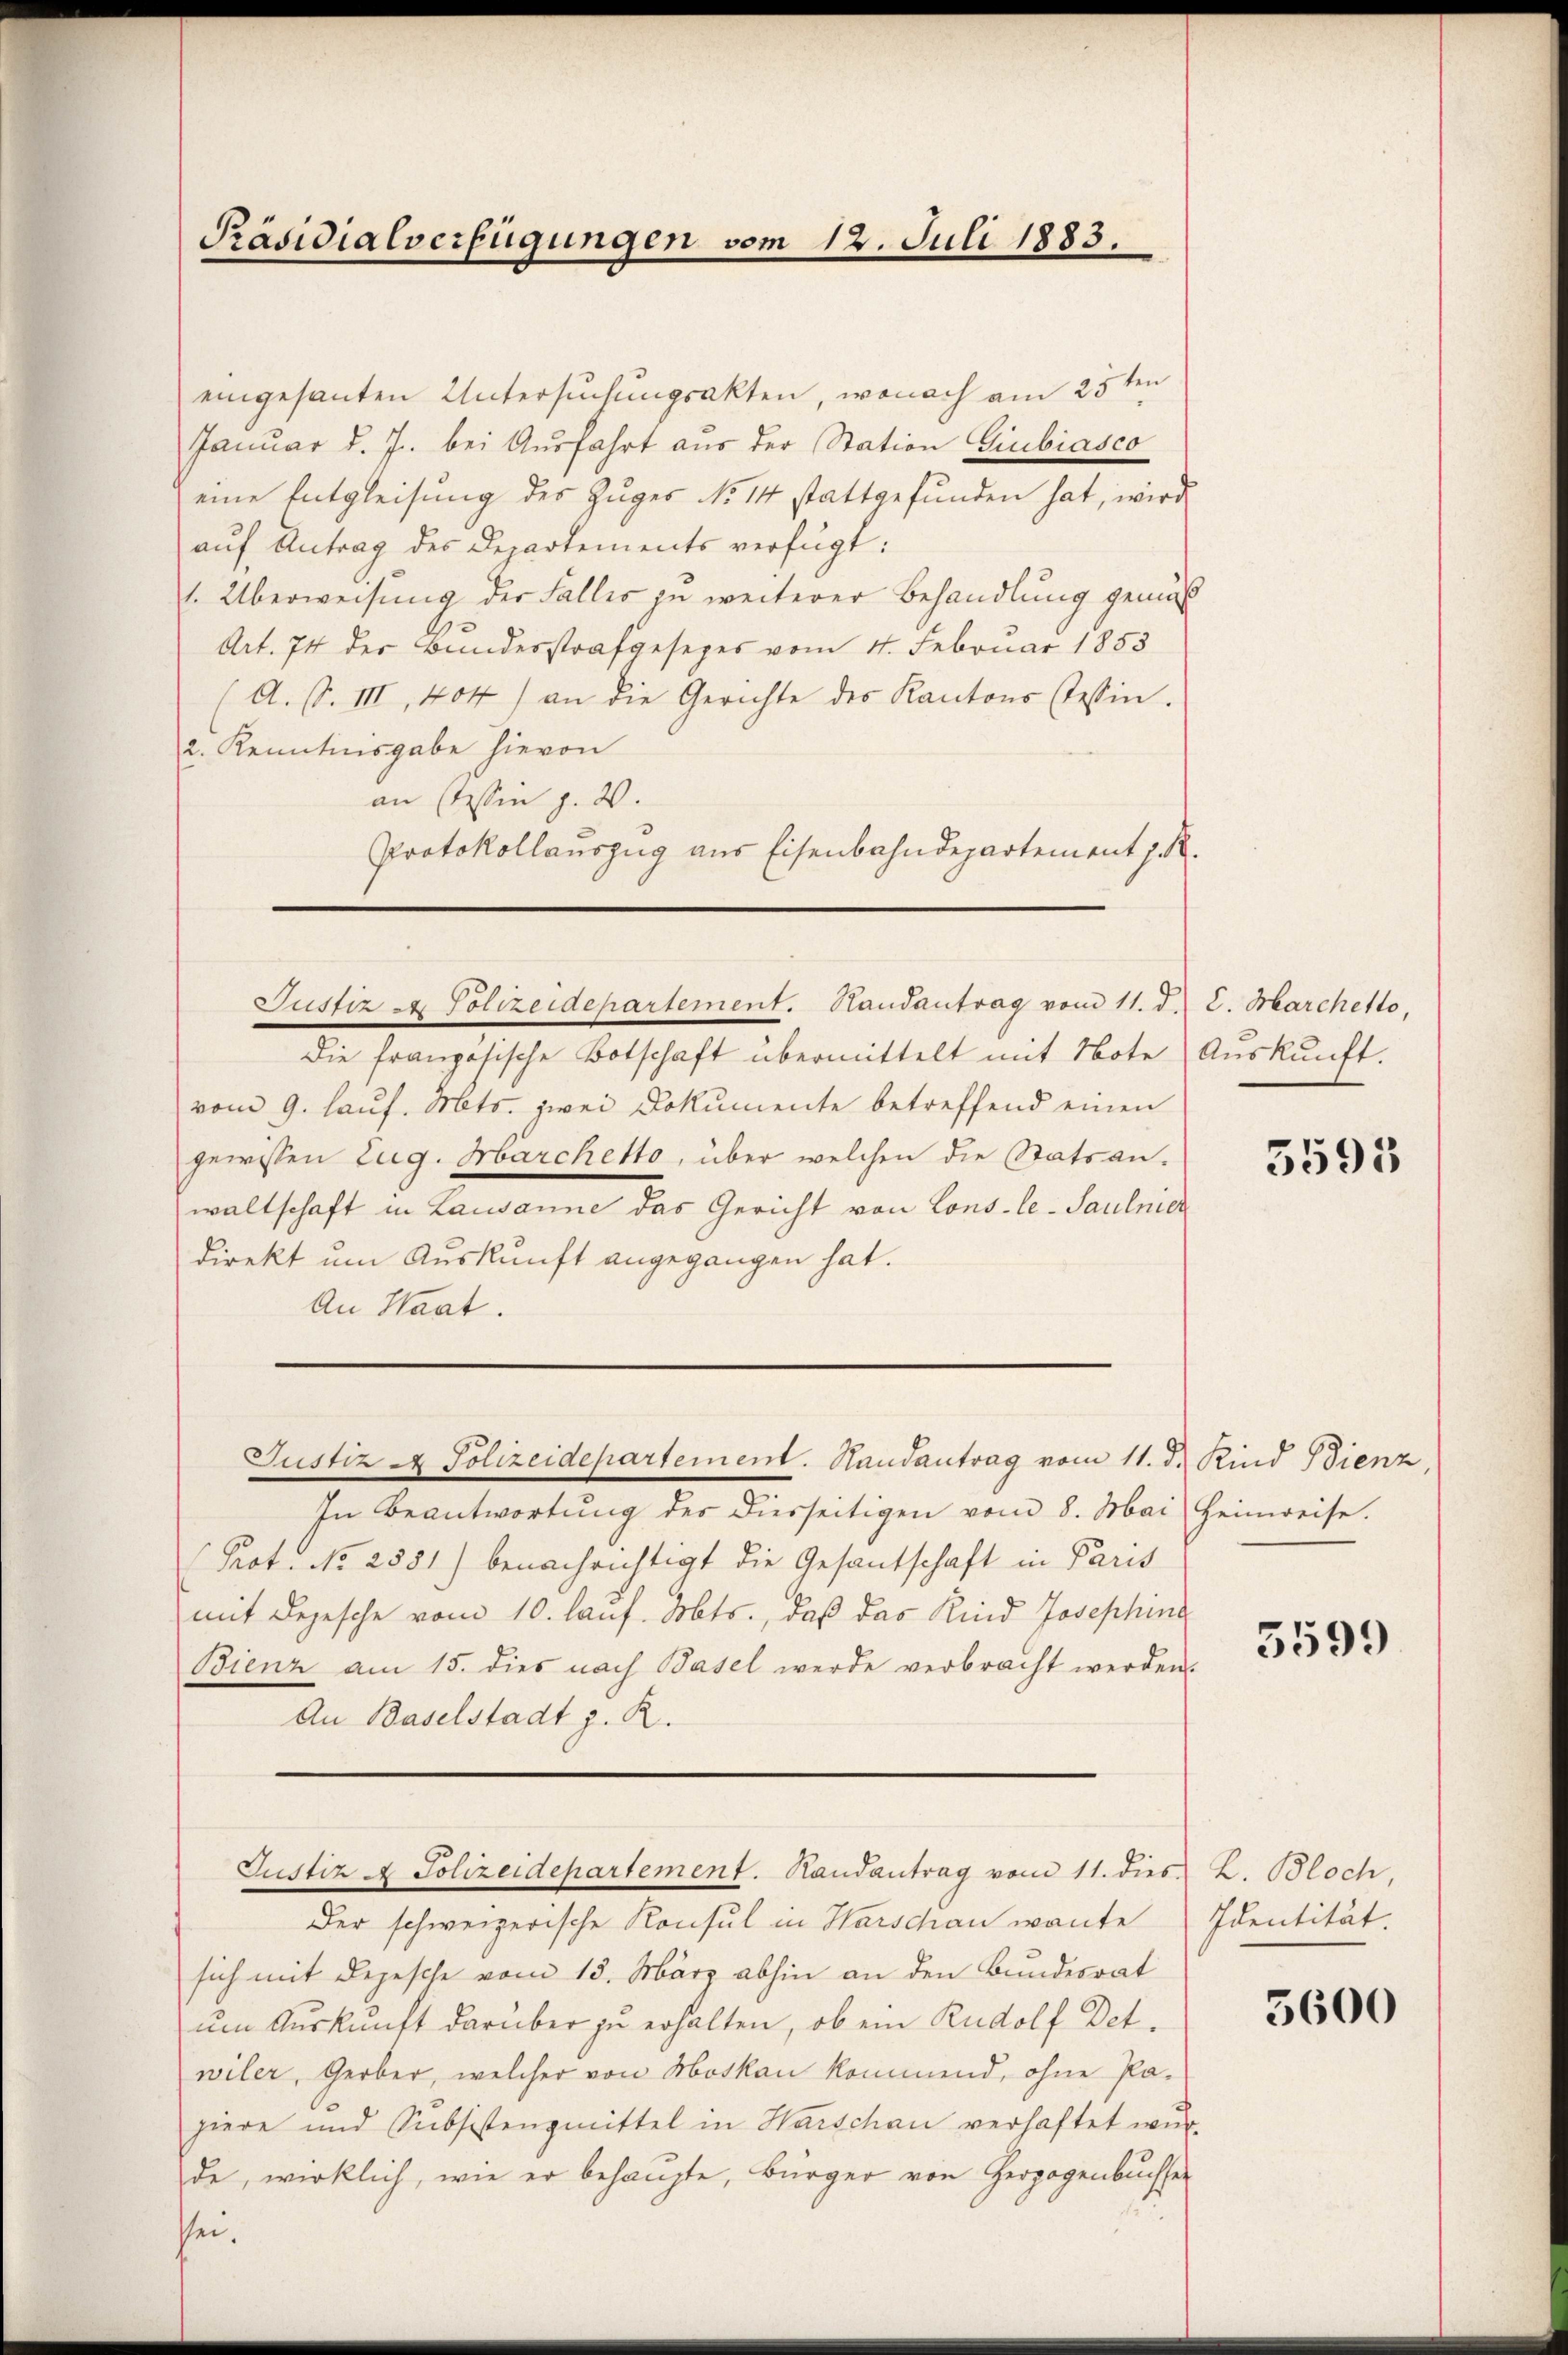
Präsidialverfügungen vom 12. Juli 1883.

eingesanten Untersuchungsakten, wonach am 25ten
Januar d. J. bei Ausfahrt aus der Station Giubiasco
eine Entgleisung des Zuges No 14 stattgefunden hat, wird
auf Antrag des Departements verfügt:
1. Überweisung der Falles zu weiterer Behandlung gemäß
Art. 74 der Bundesstrafgesezes vom 4. Februar 1853
(A. S. III, 404) an die Gerichte des Kantons Tessin.
2. Kenntnisgabe hievon
an (Tessin p. 2.
Protokollauszug aus Eisenbahndepartement J. R.
Die französische Botschaft übermittelt mit Note Auskunft.
vom 9. laŭf. Mts. zwei Dokumente betreffend einen
gewissen Zug. Marchetto, über welchen die Statsanwaltschaft in Lausanne das Gericht von Cons-le-Saulnicz
direkt um Auskunft angegangen hat.
An Staat.
Justiz - Polizeidepartement. Handantrag vom 11. d. Kind Bienz,
In Beantwortŭng des diesseitigen vom 8. Mai Heinweise.
Prot. No 2581) benachrichtigt die Gesantschaft in Paris
mit Depesche vom 10. lauf. Dobts., daß das Kind Josephine
Bienz am 15. dies nach Basel werde verbracht werden.
An Baselstadt z. R.

Justiz & Polizeidepartement. Handantrag vom 11. d. 2. Marchetto,

Justiz & Polizeidepartement. Randantrag vom 11. dies

Der schweizerische Konsul in Harschau wante
sich mit Depesche vom 13. März abhin an den Bundesrat
um Auskunft darüber zu erhalten, ob ein Rudolf Det
wiler, Gerber, welcher von Moskau kommend, ohne Pa-
piere und Subsistenzmittel in Harschau verhaftet wŭr
de, wirklich, wie er behaupte, Bürger von Herzogenbuchser
sei.

5595

3599

Z. Bloch,
Identität.

5600